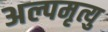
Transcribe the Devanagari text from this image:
अल्पमृत्यु